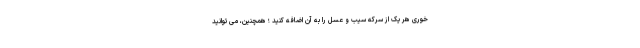
خوری هر یک از سرکه سیب و عسل را به آن اضافه کنید ؛ همچنین، می توانید